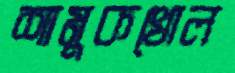
শামুকখোল